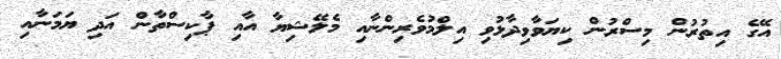
އޭގެ އިތުރުން މިސްރުން ކިޔަވާވިދާޅުވި އިލްމުވެރިންނާއި މެލޭޝިޔާ އާއި ޕާކިސްތާން އަދި ޔަމަނާއި